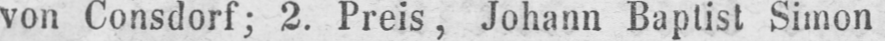
von Consdorf; 2. Preis, Johann Baptist Simon